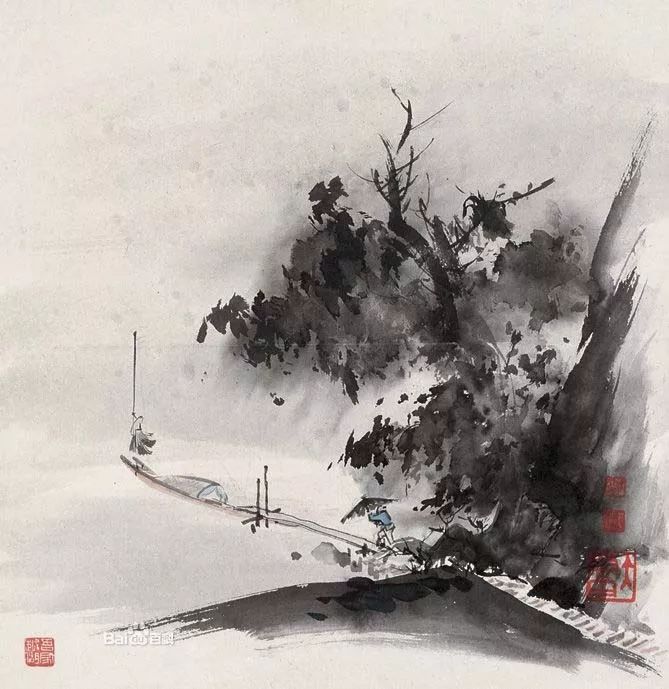
何处合成愁。